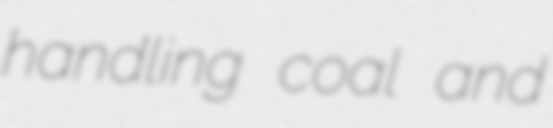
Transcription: handling coal and